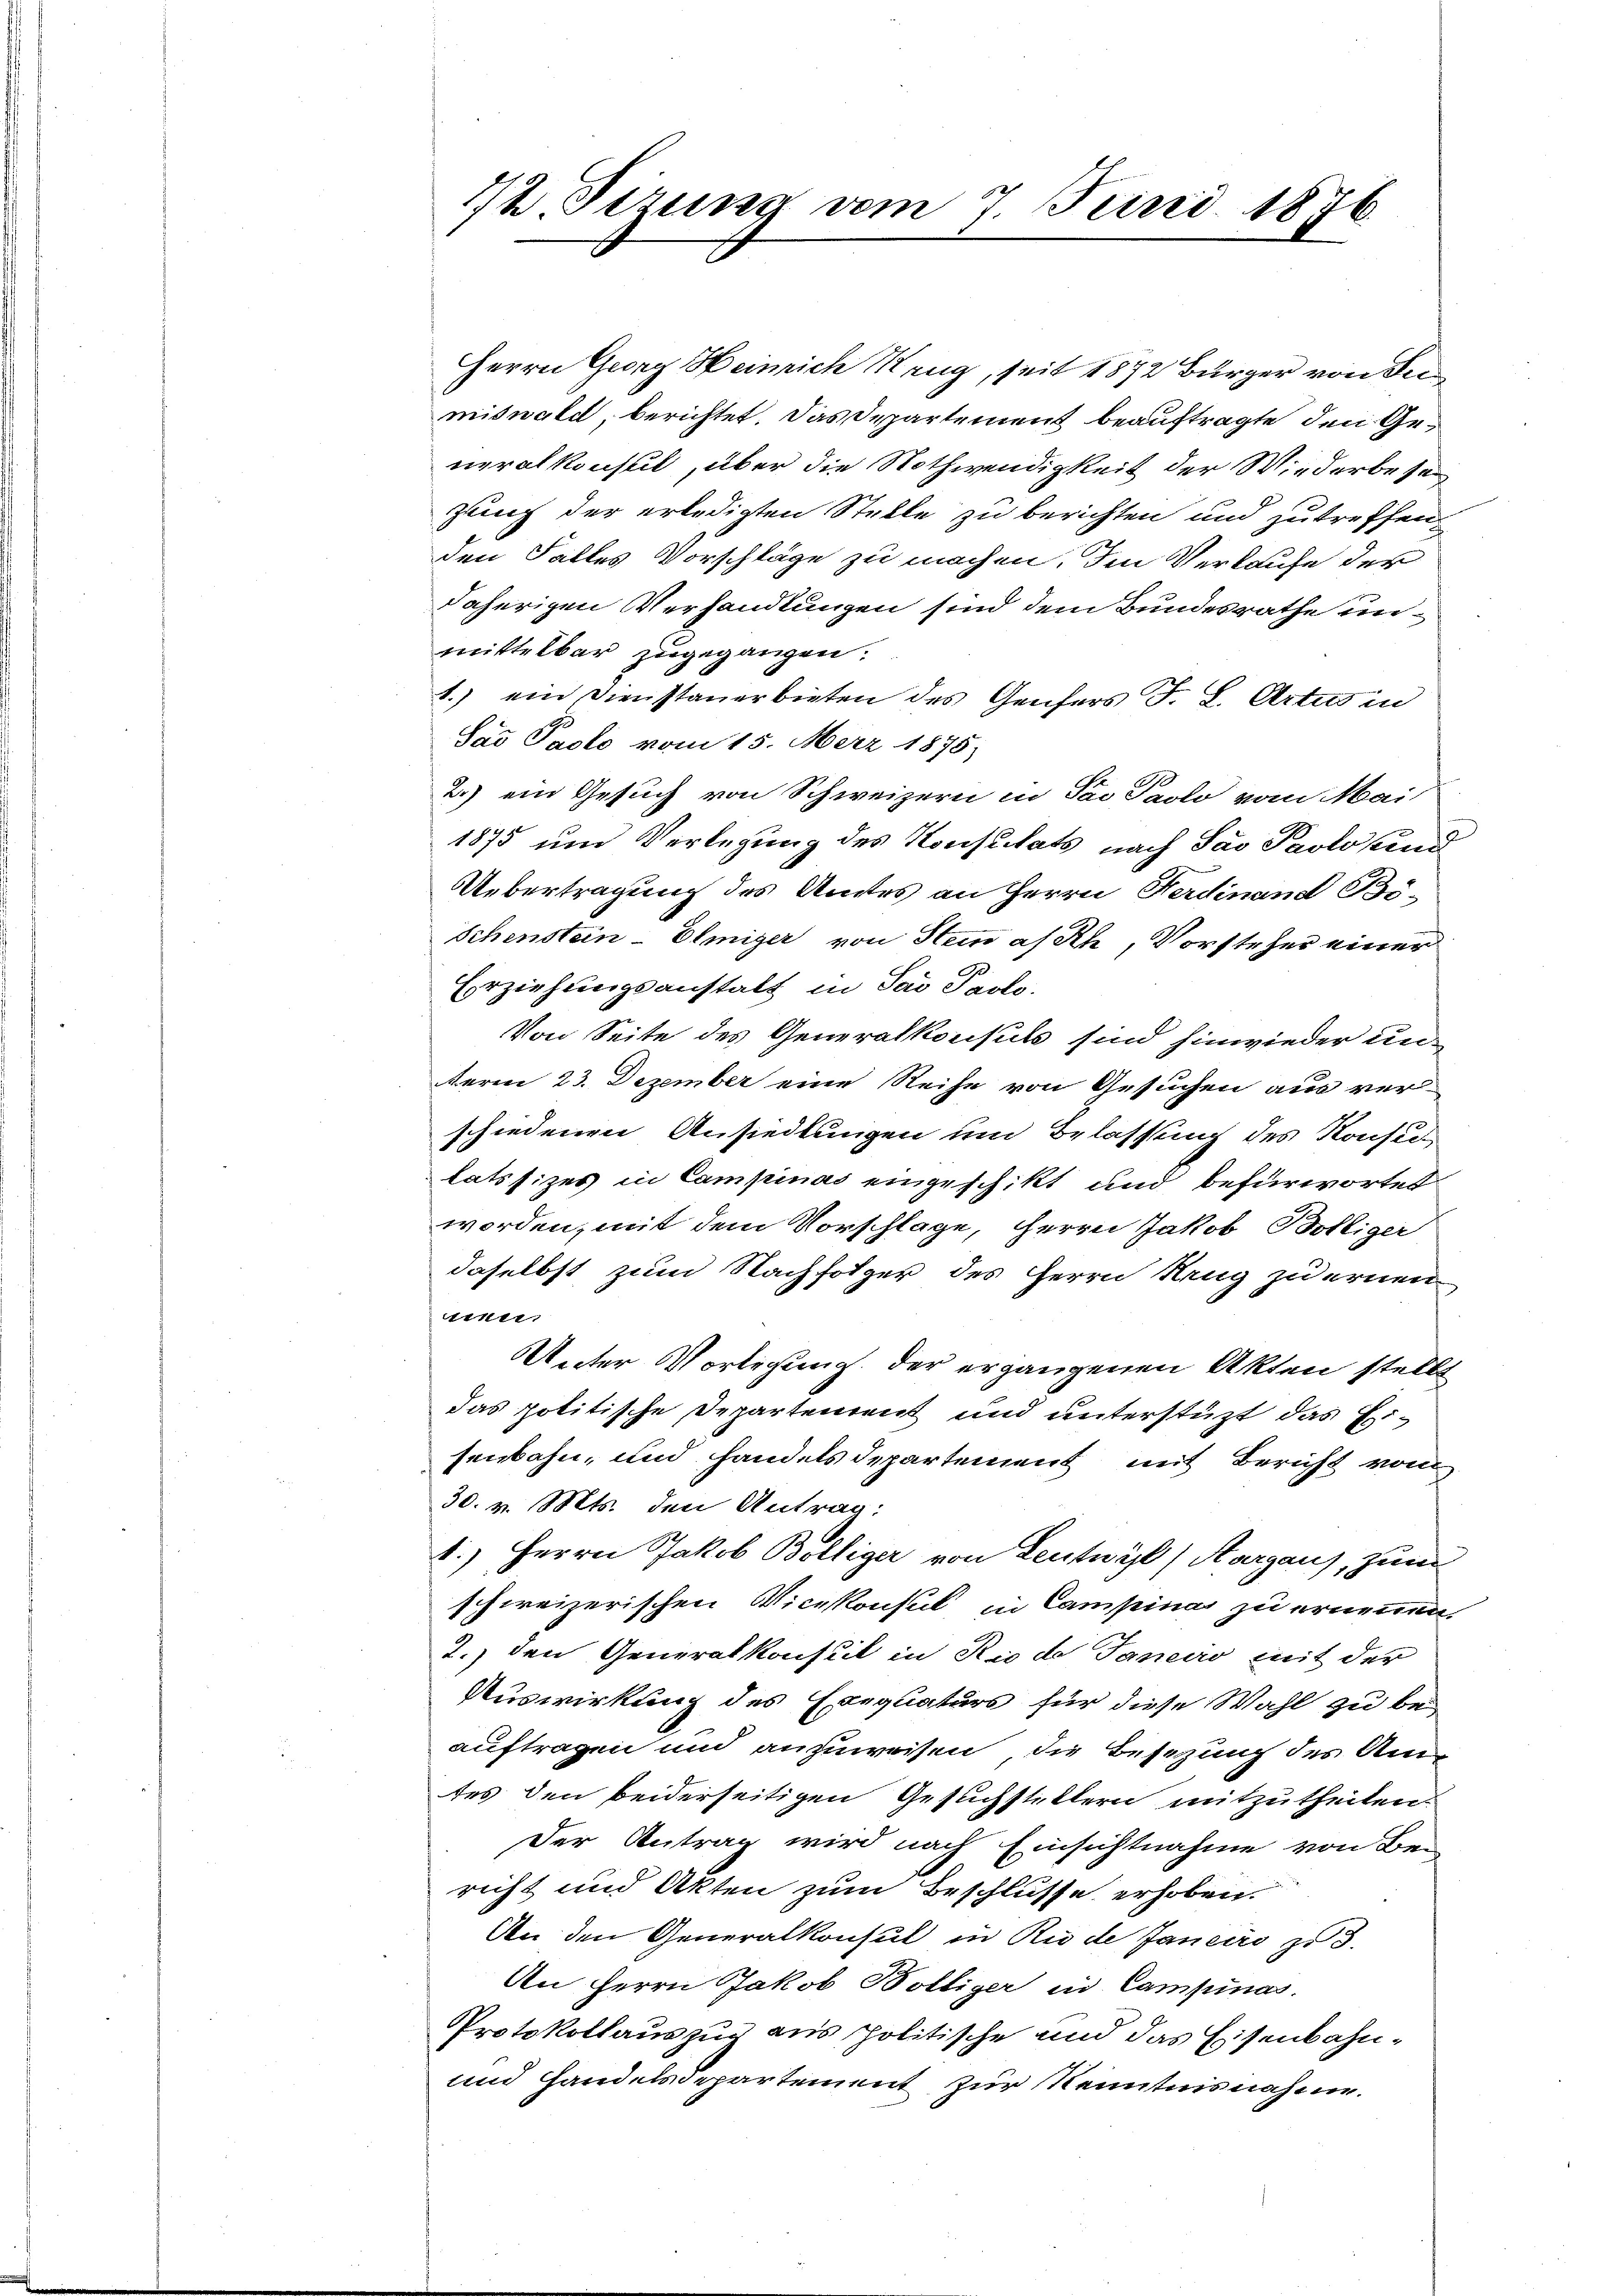
12 Sizung vom 7. Juni 1876.

Herrn Georg Heinrich Rang, seit 1872 Bürger von de
miswald, berichtet. Das Departement beauftragte, den Generalkonsul, über die Nothwendigkeit der Wiederbesan
zung der erledigten Stelle zu berichten und zutreffen
den Falles Vorschläge zu machen. Im Verkaufe der
daherigen Verhandlungen sind dem Bundesrathe unmittelbar zugegangen.
1.) ein Dienstauerbieten des Genfers J. L. Artus in
Sas Pacto vom 15. März 1875;
2.) ein Gesuch von Schweizern in Tac Paolo vom Mai
1875 um Verlegung des Konstitats nach Sao Paolo und
Uebertragung des Amtes an Herrn Ferdinand Bö-
Schenstein-Elmizer von Stein a/Rh., Vorsteher einer
Erziehungsanstalt in Sai Paolo.
Von Seite des Generalkonsuls sind hinwieder un-
teren 23. Dezember eine Reihe von Gesuchen aus verschiedenen Ansiedlungen und Belassung des Konsu
latssizes in Campinas eingeschikt und befürwortet
worden, mit dem Vorschlage, Herrn Jakob Bölliger
daselbst zum Nachfolger des Herrn Rang zu ernen
inii,
Unter Vorlesung der ergangenen Akten stellt
das politische Departement und unterstüzt das Eisenbahn, und handels Departement mit Bericht vom
30. v. Mts. den Antrag:
1.) Herrn Jakob Bölliger von Leutwyl, Aargaus, zum
schweizerischen Vicekonsul in Campina zu ernennen.
7. den Generalkonsul in Rio de Janeus mit der
Auswirkung des Exequaturs für diese Wahl zu be-
auftragen und anzuweisen, die Besizung des Am-
tes den beiderseitigen Gesuchstellern mitzutheilen.
Der Antrag wird nach Einsichtnahme von Be-
richt und Akten zum Beschlusse erhoben.
An den Generalkonsul in Riede Janeiro zu 3.
An Herrn Jakob Bölliger in Campinas.
Protokollauszug aus politische und das Eisenbahn¬
und Handelsdepartement zur Kenntnisnahm.